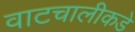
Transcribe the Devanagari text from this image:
वाटचालीकडे